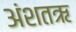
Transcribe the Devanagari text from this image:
अंशतऋ